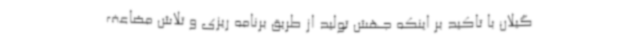
گیلان با تاکید بر اینکه جهش تولید از طریق برنامه ریزی و تلاش مضاعف